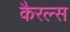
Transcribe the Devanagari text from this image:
कैरल्स